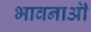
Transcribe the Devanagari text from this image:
भावनाऒं